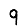
Digit: 9